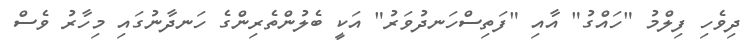
ދިވެހި ފިލްމު "ހައްގު" އާއި "ފަތިސްހަނދުވަރު" އަކީ ބެލުންތެރިންގެ ހަނދާނުގައި މިހާރު ވެސް